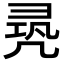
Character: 𠙛